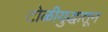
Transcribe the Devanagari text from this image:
टोळीयुद्धातून